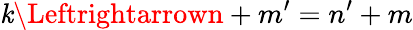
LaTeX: \mathit{k}\Leftrightarrown+m^{\prime}=n^{\prime}+m